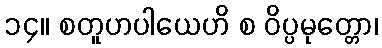
၁၄။ စတူဟပါယေဟိ စ ဝိပ္ပမုတ္တော၊